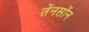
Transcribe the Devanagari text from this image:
तेंनसोंन